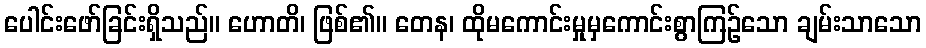
ပေါင်းဖော်ခြင်းရှိသည်။ ဟောတိ၊ ဖြစ်၏။ တေန၊ ထိုမကောင်းမှုမှကောင်းစွာကြဉ်သော ချမ်းသာသော